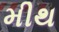
મીથ